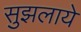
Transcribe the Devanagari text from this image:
सुझलाये